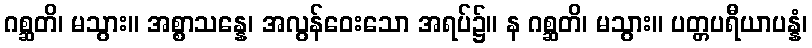
ဂစ္ဆတိ၊ မသွား။ အစ္စာသန္နေ၊ အလွန်ဝေးသော အရပ်၌။ န ဂစ္ဆတိ၊ မသွား။ ပတ္တပရီယာပန္နံ၊